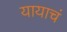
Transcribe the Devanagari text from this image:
यायाचं